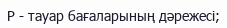
Р - тауар бағаларының дәрежесі;